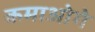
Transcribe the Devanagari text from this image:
कमाओगे